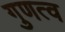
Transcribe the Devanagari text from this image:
गुणत्व